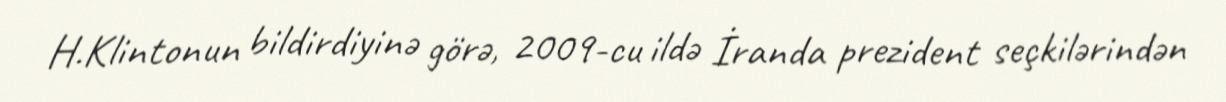
H.Klintonun bildirdiyinə görə, 2009-cu ildə İranda prezident seçkilərindən